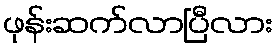
ဖုန်းဆက်လာပြီလား